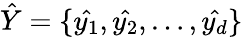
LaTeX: \hat{Y}=\{ \hat{y_{1}},\hat{y_{2}},\dots,\hat{y_{d}}\}